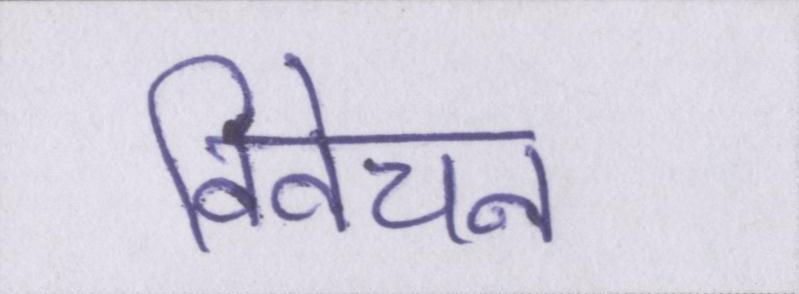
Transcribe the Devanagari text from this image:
विवेचन